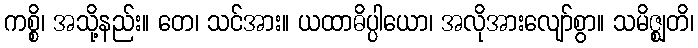
ကစ္စိ၊ အသို့နည်း။ တေ၊ သင်အား။ ယထာဓိပ္ပါယော၊ အလိုအားလျော်စွာ။ သမိဇ္ဈတိ၊